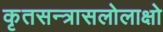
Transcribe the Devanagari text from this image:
कृतसन्त्रासलोलाक्षो